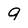
Character: 9